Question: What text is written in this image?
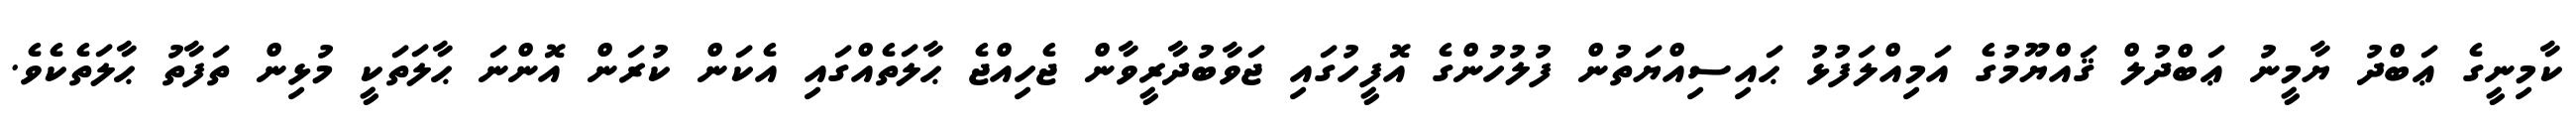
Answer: ކާމިނީގެ ޢަބްދު ޔާމީނު ޢަބްދުލް ޤައްޔޫމުގެ އަމިއްލަފުޅު ޙައިސިއްޔަތުން ފުލުހުންގެ އޮފީހުގައި ޖަވާބުދާރީވާން ޖެހިއްޖެ ޙާލަތެއްގައި އެކަން ކުރަން އޮންނަ ޙާލަތަކީ މުޅިން ތަފާތު ޙާލަތެކެވެ.